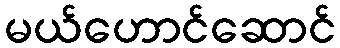
မယ်ဟောင်ဆောင်